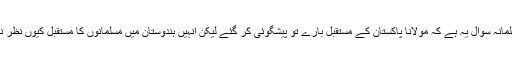
طالبعلمانہ سوال یہ ہے کہ مولانا پاکستان کے مستقبل بارے تو پیشگوئی کر گئے لیکن انہیں ہندوستان میں مسلمانوں کا مستقبل کیوں نظر نہ آیا؟